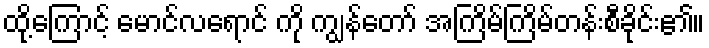
ထို့ကြောင့် မောင်လရောင် ကို ကျွန်တော် အကြိမ်ကြိမ်တန်းစီခိုင်း၏။